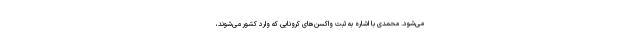
می‌شود. محمدی با اشاره به ثبت واکسن‌های کرونایی که وارد کشور می‌شوند،